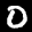
Label: 0